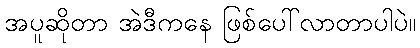
အပူဆိုတာ အဲဒီကနေ ဖြစ်ပေါ်လာတာပါပဲ။